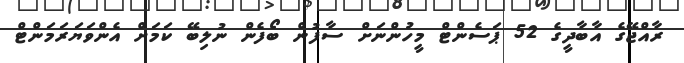
ރާއްޖޭގެ އާބާދީގެ 52 ޕަސެންޓް މީހުންނަށް ސާފުން ބޯފެން ނުލިބޭ ކަމަށް އެންވަޔަރަމަންޓް